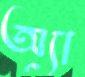
অ্যা